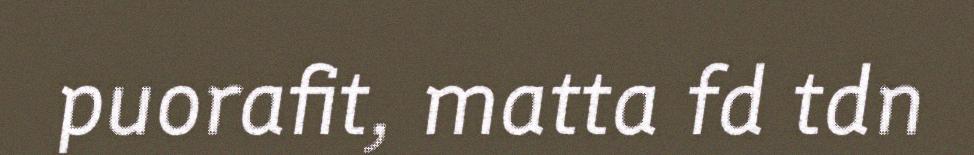
puorafit, matta fd tdn